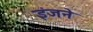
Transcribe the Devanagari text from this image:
इंजने